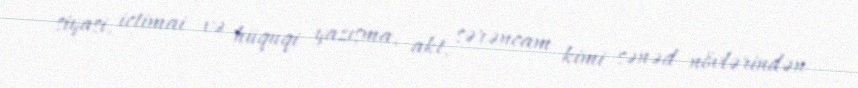
siyasi, ictimai və hüquqi yazışma, akt, sərəncam kimi sənəd növlərindən